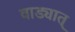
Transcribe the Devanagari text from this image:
वाड्यात्